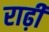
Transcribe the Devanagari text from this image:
राढ़ी